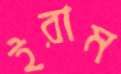
ইরাম